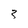
Character: 3